Indian journal of veterinary science and animal husbandry - Volumes 15-17, 1948-1951
Year: 1948
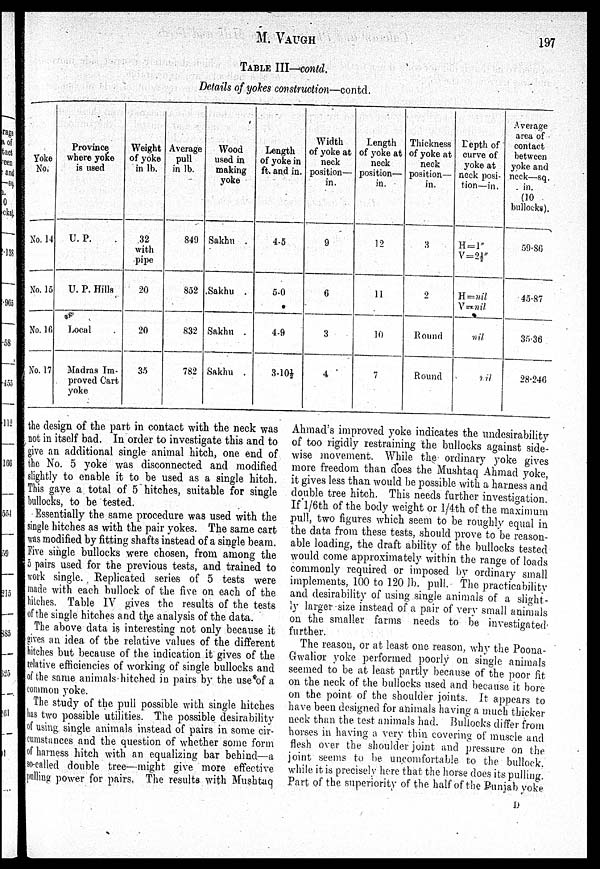
M.
VAUGH
197
TABLE III—contd.
Details of yokes construction—contd.
Yoke
No.
No. 14
No. 15
No. 16
No. 17
Province
where yoke
is used
U. P.
U. P. Hills
Local
Madras Im-
proved Cart
yoke
Weight
of yoke
in lb.
32
with
pipe
20
20
35
Average
pull
in lb.
849
852
832
782
Wood
used in
making
yoke
Sakhu
Sakhu .
Sakhu .
Sakhu .
Length
of yoke in
ft. and in.
4.5
5.0
4.9
3.10½
Width
of yoke at
neck
position—
in.
9
6
3
4
Length
of yoke at
neck
position—
in.
12
11
10
7
Thickness
of yoke at
neck
position—
in.
3
2
Hound
Round
Depth of
curve of
yoke at
neck posi-
tion—in.
H = l"
V = 2½"
H = nil
V = nil
nil
nil
Average
area of
contact
between
yoke and
neck—sq.
in.
(10
bullocks).
59.86
45.87
35.36
28.246
the design of the part in contact with the neck was
not in itself bad. In order to investigate this and to
give an additional single animal hitch, one end of
the No. 5 yoke was disconnected and modified
slightly to enable it to be used as a single hitch.
This gave a total of 5 hitches, suitable for single
bullocks, to be tested.
Essentially the same procedure was used with the
single hitches as with the pair yokes. The same cart
was modified by fitting shafts instead of a single beam.
Five single bullocks were chosen, from among the
5 pairs used for the previous tests, and trained to
work single. Replicated series of 5 tests were
made with each bullock of the five on each of the
hitches. Table IV gives the results of the tests
of the single hitches and the analysis of the data.
The above data is interesting not only because it
gives an idea of the relative values of the different
hitches but because of the indication it gives of the
relative efficiencies of working of single bullocks and
of the same animals hitched in pairs by the use of a
common yoke.
The study of the pull possible with single hitches
has two possible utilities. The possible desirability
of using single animals instead of pairs in some cir-
cumstances and the question of whether some form
of harness hitch with an equalizing bar behind—a
so.called double tree—might give more effective
pulling power for pairs. The results with Mushtaq
Ahmad's improved yoke indicates the undesirability
of too rigidly restraining the bullocks against side.
wise movement. While the ordinary yoke gives
more freedom than does the Mushtaq Ahmad yoke,
it gives less than would be possible with a harness and
double tree hitch. This needs further investigation.
If l/6th of the body weight or 1/4.th of the maximum
pull, two figures which seem to be roughly equal in
the data from these tests, should prove to be reason-
able loading, the draft ability of the bullocks tested
would come approximately within the range of loads
commonly required or imposed by ordinary small
implements. 100 to 120 lb. pull. The practicability
and desirability of using single animals of a slight-
ly larger size instead of a pair of very small animals
on the smaller farms needs to be investigated
further.
The reason, or at least one reason, why the Poona.
Gwalior yoke performed poorly on single animals
seemed to be at least partly because of the poor fit
on the neck of the bullocks used and because it bore
on the point of the shoulder joints. It appears to
have been designed for animals having a much thicker
neck than the test animals had. Bullocks differ from
horses in having a very thin covering of muscle and
flesh over the shoulder joint and pressure on the
joint seems to be uncomfortable to the bullock.
while it is precisely here that the horse does its pulling.
Part of the superiority of the half of the Punjab yoke
D